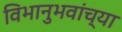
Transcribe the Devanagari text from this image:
विभानुभवांच्या